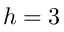
h = 3